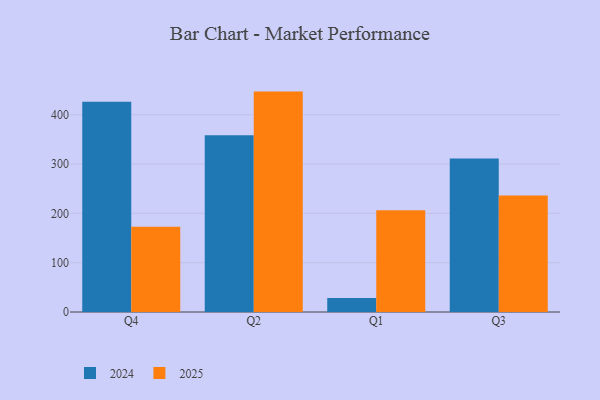
{"axis": {"x": "Quarter", "y": "Market Share (%)"}, "legend": ["2024", "2025"], "data": [{"x": "Q4", "y": 426.6, "type": "2024"}, {"x": "Q4", "y": 172.9, "type": "2025"}, {"x": "Q2", "y": 358.7, "type": "2024"}, {"x": "Q2", "y": 447.0, "type": "2025"}, {"x": "Q1", "y": 28.2, "type": "2024"}, {"x": "Q1", "y": 206.4, "type": "2025"}, {"x": "Q3", "y": 311.1, "type": "2024"}, {"x": "Q3", "y": 236.3, "type": "2025"}]}